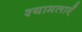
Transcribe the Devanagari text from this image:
श्यामलाएँ